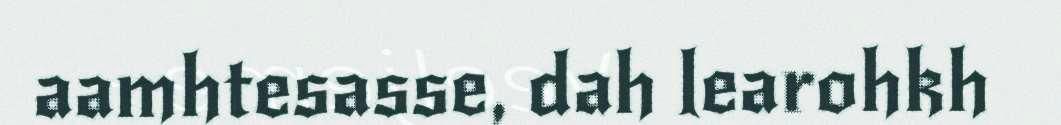
aamhtesasse, dah learohkh